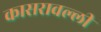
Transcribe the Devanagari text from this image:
कासरावल्ली